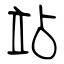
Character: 站